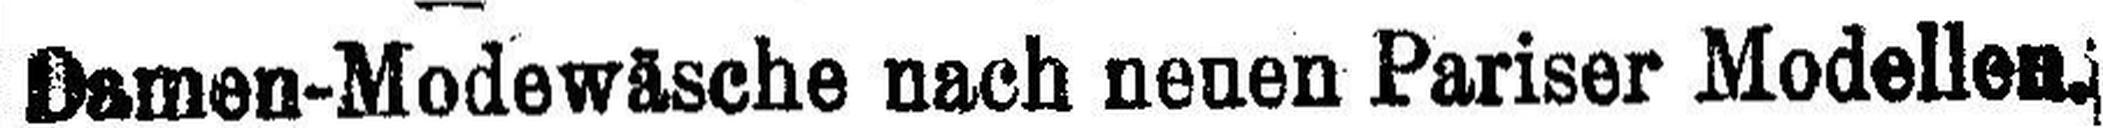
Damen-Modewäsche nach neuen Pariser Modellen.